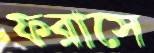
ফরাসে